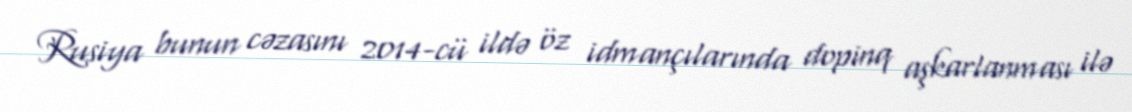
Rusiya bunun cəzasını 2014-cü ildə öz idmançılarında dopinq aşkarlanması ilə